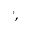
^ { \circ } ,